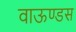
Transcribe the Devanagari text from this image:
वाऊण्डस